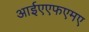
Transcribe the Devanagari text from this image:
आईएएफएमए